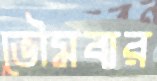
ভৌমবার